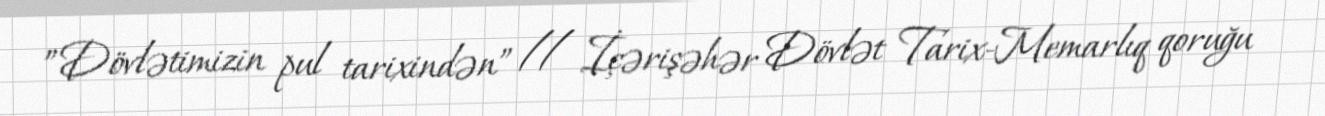
”Dövlətimizin pul tarixindən” // İçərişəhər Dövlət Tarix-Memarlıq qoruğu